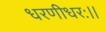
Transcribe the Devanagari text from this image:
धरणीधरः।।